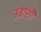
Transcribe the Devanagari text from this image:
उबाशी